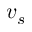
v _ { s }